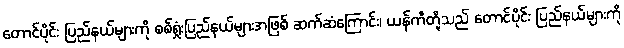
တောင်ပိုင်း ပြည်နယ်များကို စစ်ရှုံးပြည်နယ်များအဖြစ် ဆက်ဆံကြောင်း၊ ယန်ကီတို့သည် တောင်ပိုင်း ပြည်နယ်များကို